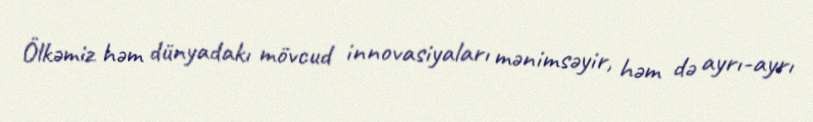
Ölkəmiz həm dünyadakı mövcud innovasiyaları mənimsəyir, həm də ayrı-ayrı